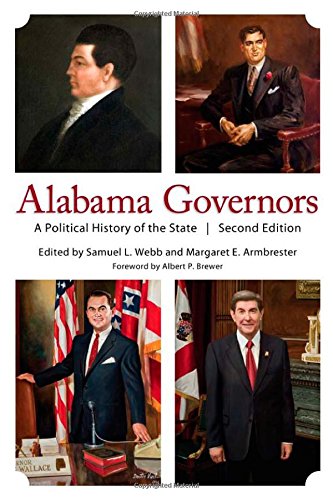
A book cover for Alabama Governors: A Political History of the State; Health, Fitness & Dieting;